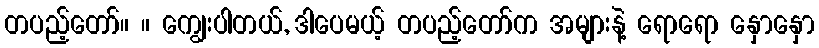
တပည့်တော်။ ။ ကျွေးပါတယ်, ဒါပေမယ့် တပည့်တော်က အများနဲ့ ရောရော နှောနှော